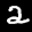
Label: 2